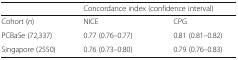
|  | <COLSPAN=2> Concordance index (confidence interval) |
 | --- | --- | --- |
 | Cohort (n) | NICE | CPG |
 | PCBaSe (72,337) | 0.77 (0.76–0.77) | 0.81 (0.81–0.82) |
 | Singapore (2550) | 0.76 (0.73–0.80) | 0.79 (0.76–0.83) |